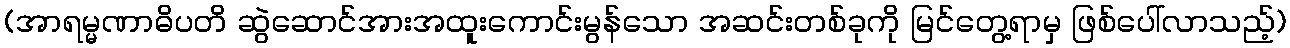
(အာရမ္မဏာဓိပတိ ဆွဲဆောင်အားအထူးကောင်းမွန်သော အဆင်းတစ်ခုကို မြင်တွေ့ရာမှ ဖြစ်ပေါ်လာသည့်)